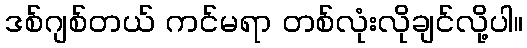
ဒစ်ဂျစ်တယ် ကင်မရာ တစ်လုံးလိုချင်လို့ပါ။